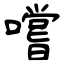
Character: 嚐